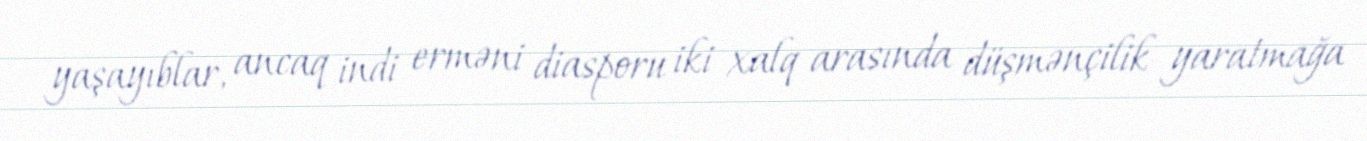
yaşayıblar, ancaq indi erməni diasporu iki xalq arasında düşmənçilik yaratmağa